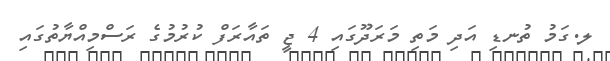
ލ.ގަމު ތުނޑި އަދި މަތި މަރަދޫގައި 4 ޖީ ތައާރަފް ކުރުމުގެ ރަސްމިއްޔާތުގައި